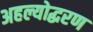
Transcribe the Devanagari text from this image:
अहल्योद्धरण